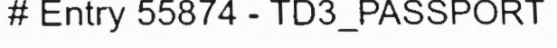
# Entry 55874 - TD3_PASSPORT